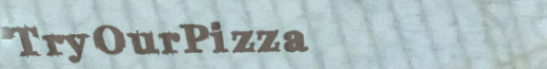
TryOurPizza